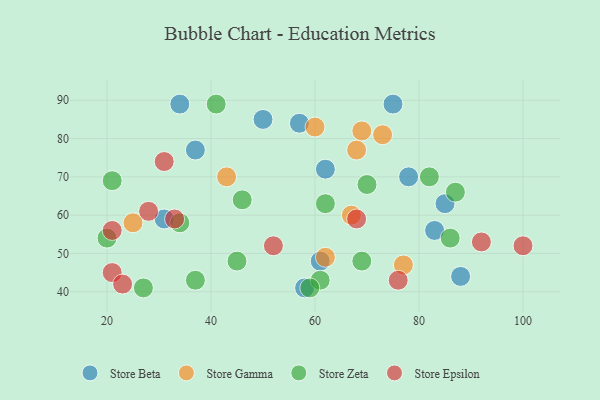
{"axis": {"x": "GDP", "y": "Life Expectancy"}, "legend": ["Store Beta", "Store Epsilon", "Store Gamma", "Store Zeta"], "data": [{"x": "34", "y": 89, "type": "Store Beta"}, {"x": "31", "y": 59, "type": "Store Beta"}, {"x": "78", "y": 70, "type": "Store Beta"}, {"x": "62", "y": 72, "type": "Store Beta"}, {"x": "61", "y": 48, "type": "Store Beta"}, {"x": "58", "y": 41, "type": "Store Beta"}, {"x": "50", "y": 85, "type": "Store Beta"}, {"x": "85", "y": 63, "type": "Store Beta"}, {"x": "75", "y": 89, "type": "Store Beta"}, {"x": "37", "y": 77, "type": "Store Beta"}, {"x": "83", "y": 56, "type": "Store Beta"}, {"x": "57", "y": 84, "type": "Store Beta"}, {"x": "88", "y": 44, "type": "Store Beta"}, {"x": "62", "y": 49, "type": "Store Gamma"}, {"x": "68", "y": 77, "type": "Store Gamma"}, {"x": "43", "y": 70, "type": "Store Gamma"}, {"x": "77", "y": 47, "type": "Store Gamma"}, {"x": "73", "y": 81, "type": "Store Gamma"}, {"x": "67", "y": 60, "type": "Store Gamma"}, {"x": "25", "y": 58, "type": "Store Gamma"}, {"x": "69", "y": 82, "type": "Store Gamma"}, {"x": "60", "y": 83, "type": "Store Gamma"}, {"x": "82", "y": 70, "type": "Store Zeta"}, {"x": "69", "y": 48, "type": "Store Zeta"}, {"x": "86", "y": 54, "type": "Store Zeta"}, {"x": "46", "y": 64, "type": "Store Zeta"}, {"x": "70", "y": 68, "type": "Store Zeta"}, {"x": "20", "y": 54, "type": "Store Zeta"}, {"x": "45", "y": 48, "type": "Store Zeta"}, {"x": "27", "y": 41, "type": "Store Zeta"}, {"x": "34", "y": 58, "type": "Store Zeta"}, {"x": "61", "y": 43, "type": "Store Zeta"}, {"x": "37", "y": 43, "type": "Store Zeta"}, {"x": "21", "y": 69, "type": "Store Zeta"}, {"x": "62", "y": 63, "type": "Store Zeta"}, {"x": "59", "y": 41, "type": "Store Zeta"}, {"x": "87", "y": 66, "type": "Store Zeta"}, {"x": "41", "y": 89, "type": "Store Zeta"}, {"x": "21", "y": 45, "type": "Store Epsilon"}, {"x": "52", "y": 52, "type": "Store Epsilon"}, {"x": "68", "y": 59, "type": "Store Epsilon"}, {"x": "28", "y": 61, "type": "Store Epsilon"}, {"x": "33", "y": 59, "type": "Store Epsilon"}, {"x": "23", "y": 42, "type": "Store Epsilon"}, {"x": "31", "y": 74, "type": "Store Epsilon"}, {"x": "21", "y": 56, "type": "Store Epsilon"}, {"x": "92", "y": 53, "type": "Store Epsilon"}, {"x": "76", "y": 43, "type": "Store Epsilon"}, {"x": "100", "y": 52, "type": "Store Epsilon"}]}